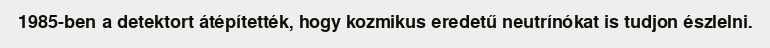
1985-ben a detektort átépítették, hogy kozmikus eredetű neutrínókat is tudjon észlelni.